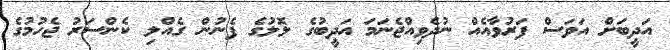
އަދީބަށް އަވަސް ފަރުވާއެއް ނުދެވިއްޖެނަމަ އަދީބުގެ ލޮލުގެ ފެނުން ގެއްލި ކެންސަރު ޖެހުމުގެ